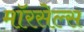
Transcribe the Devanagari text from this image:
मॉरसेल्स